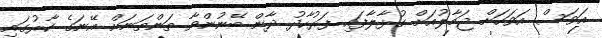
އަވަސް އަވަހަށް ޖަމާލުއަށް ގުޅާލާފައި ފަރުހާދު ދާން ބޭނުންވާ ތަންތަނަށް އޭނަގެ ކާރުގައި